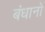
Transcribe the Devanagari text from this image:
बंधानो